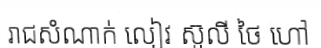
រាជសំណាក់ លៀវ ស៊ូលី ថៃ ហៅ